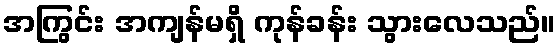
အကြွင်း အကျန်မရှိ ကုန်ခန်း သွားလေသည်။